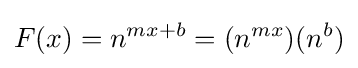
F(x)=n^{mx+b}=(n^{mx})(n^{b})